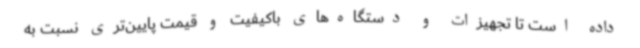
داده است تا تجهیزات و دستگاه‌های باکیفیت و قیمت پایین‌تری نسبت به